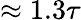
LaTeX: \approx 1.3\tau